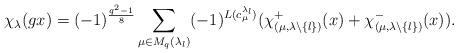
LaTeX: \begin{align*}\chi_\lambda(gx)=(-1)^\frac{q^2-1}{8}&\sum_{\mu\in M_q(\lambda_l)}(-1)^{L(c^{\lambda_l}_\mu)}(\chi_{(\mu,\lambda\backslash\{l\})}^+(x)+\chi_{(\mu,\lambda\backslash\{l\})}^-(x)).\end{align*}